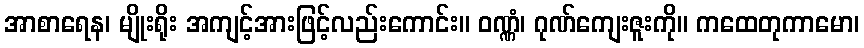
အာစာရေန၊ မျိုးရိုး အကျင့်အားဖြင့်လည်းကောင်း။ ဝဏ္ဏံ၊ ဂုဏ်ကျေးဇူးကို။ ကထေတုကာမော၊